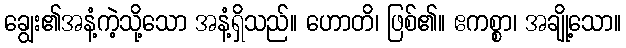
ချွေး၏အနံ့ကဲ့သို့သော အနံ့ရှိသည်။ ဟောတိ၊ ဖြစ်၏။ ဧကစ္စာ၊ အချို့သော။